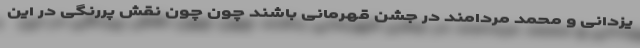
یزدانی و محمد مردامند در جشن قهرمانی باشند چون چون نقش پررنگی در این